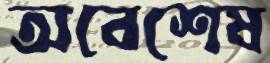
অবেশেষ